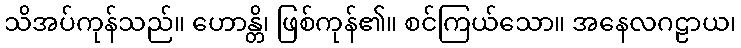
သိအပ်ကုန်သည်။ ဟောန္တိ၊ ဖြစ်ကုန်၏။ စင်ကြယ်သော။ အနေလဂဠာယ၊